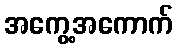
အကွေ့အကောက်